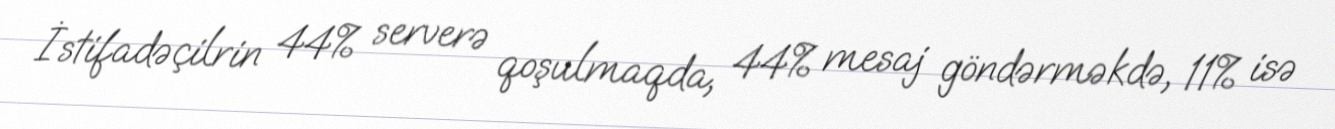
İstifadəçilrin 44% serverə qoşulmaqda, 44% mesaj göndərməkdə, 11% isə